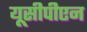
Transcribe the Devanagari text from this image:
यूसीपीएन